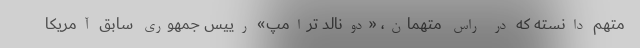
متهم دانسته که در راس متهمان، «دونالد ترامپ» رییس جمهوری سابق آمریکا